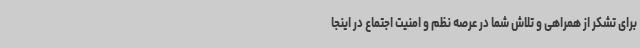
برای تشکر از همراهی و تلاش شما در عرصه نظم و امنیت اجتماع در اینجا